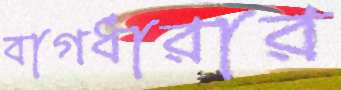
বাগধারার